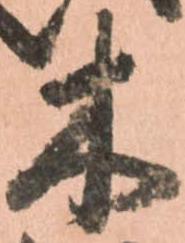
木